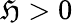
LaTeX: \mathfrak{H}>0